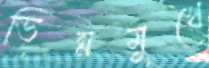
ভিন্নমুখে